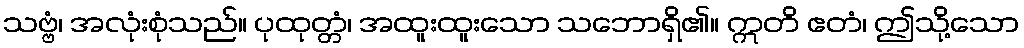
သဗ္ဗံ၊ အလုံးစုံသည်။ ပုထုတ္တံ၊ အထူးထူးသော သဘောရှိ၏။ ဣတိ ဧတံ၊ ဤသို့သော